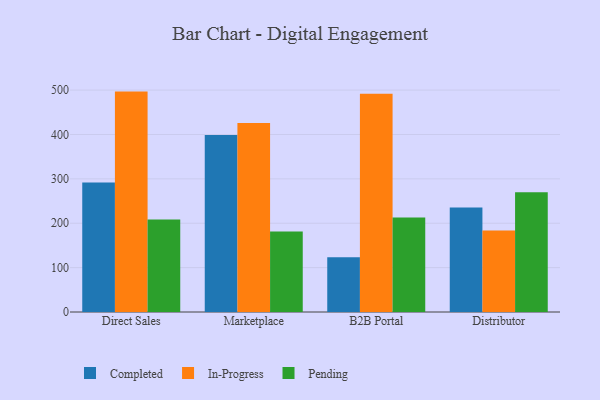
{"axis": {"x": "Channel", "y": "Humidity (%)"}, "legend": ["Completed", "In-Progress", "Pending"], "data": [{"x": "Direct Sales", "y": 292.0, "type": "Completed"}, {"x": "Direct Sales", "y": 496.6, "type": "In-Progress"}, {"x": "Direct Sales", "y": 208.5, "type": "Pending"}, {"x": "Marketplace", "y": 398.6, "type": "Completed"}, {"x": "Marketplace", "y": 425.7, "type": "In-Progress"}, {"x": "Marketplace", "y": 181.3, "type": "Pending"}, {"x": "B2B Portal", "y": 123.2, "type": "Completed"}, {"x": "B2B Portal", "y": 491.9, "type": "In-Progress"}, {"x": "B2B Portal", "y": 213.2, "type": "Pending"}, {"x": "Distributor", "y": 235.3, "type": "Completed"}, {"x": "Distributor", "y": 183.6, "type": "In-Progress"}, {"x": "Distributor", "y": 269.7, "type": "Pending"}]}